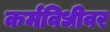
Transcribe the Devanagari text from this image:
कर्मविधीवर